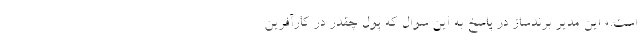
است.» این مدیر برندساز در پاسخ به این سوال که پول چقدر در کارآفرین